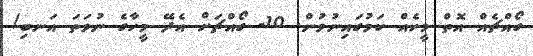
ގޯއްޗެއް އޮތް މީހެއް ކަމުގައިނުވުން. 10- ގޯއްޗަށް އެދޭ މީހާގެ ނުވަތަ އަނބި/